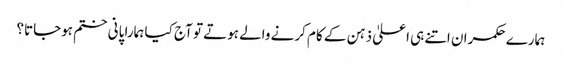
ہمارے حکمران اتنے ہی اعلیٰ ذہن کے کام کرنے والے ہوتے تو آج کیا ہمارا پانی ختم ہوجاتا؟